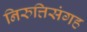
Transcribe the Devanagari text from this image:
निरुत्तिसंगह